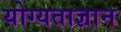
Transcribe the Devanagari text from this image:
योग्यताज्ञान